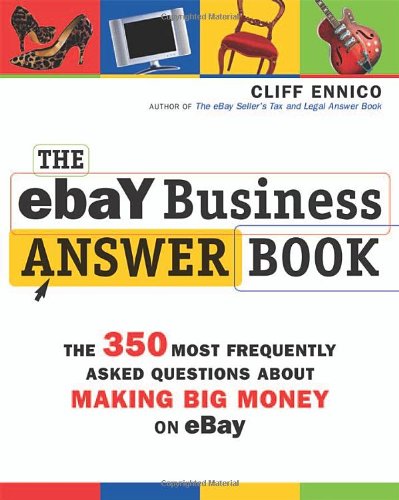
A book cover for The eBay Business Answer Book: The 350 Most Frequently Asked Questions About Making Big Money on eBay; Cliff Ennico; Computers & Technology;